Vaccination in the Punjab 1919-1929 - 1919-1929
Year: 1919
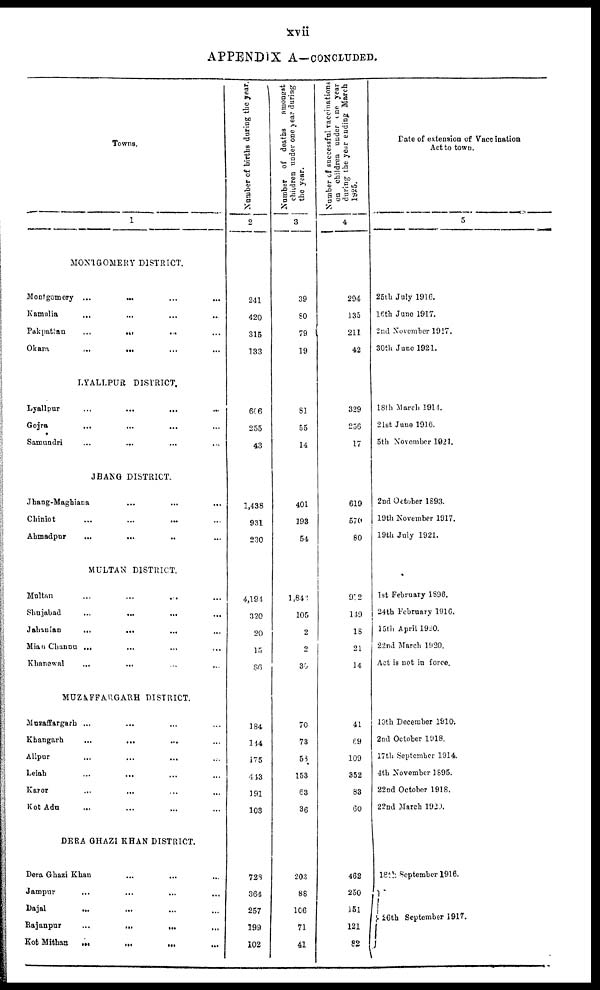
xvii
APPENDIX A—CONCLUDED.
Towns.
1
MONTGOMERY DISTRICT.
Montgomery
...
...
...
...
Kamalia
...
...
...
...
Pakpattan
...
...
...
...
Okara ... ... ... ...
LYALLPUR DISTRICT.
Lyallpur
...
...
...
...
Gojra ... ... ... ...
Samundri ... ... ... ...
JHANG DISTRICT.
Jhang-Maghiana
...
...
...
...
Chiniot
...
...
...
...
Ahmadpur ... ... ... ...
MULTAN DISTRICT.
Multan
...
...
...
...
Shujabad ... ... ... ...
Jahanian ... ... ... ...
Mian Channu ... ... ... ...
Khanewal ... ... ... ...
MUZAFFARGARH DISTRICT.
Muzaffargarh ... ... ... ...
Khangarh ... ... ... ...
Alipur
...
...
...
...
Leiah ... ... ... ...
Karor ... ... ... ...
Kot Adu ... ... ... ...
DERA GHAZI KHAN DISTRICT.
Dera Ghazi Khan ... ... ... ...
Jampur
...
...
...
...
Dajal ... ... ... ...
Rajanpur
...
...
...
...
Kot Mithan
...
...
...
...
Number of births during the year.
2
241
420
315
133
606
255
43
1,438
931
230
4,194
320
20
15
86
184
144
175
443
191
103
728
364
257
199
102
Number of deaths
amongst
children under one year during
the year.
3
39
80
79
19
81
55
14
401
193
54
1,842
105
2
2
30
70
73
58
153
63
36
203
88
106
71
41
Number of successful vaccinations
on children under one year
during the year ending March
1925.
4
294
135
211
42
329
256
17
619
570
80
972
149
18
21
14
41
69
109
352
83
60
462
250
151
121
82
Date of extension of Vaccination
Act to town.
5
25th July 1916.
16th June 1917.
2nd November 1917.
30th June 1921.
18th March 1914.
21st June 1916.
5th November 1921.
2nd October 1893.
19th November 1917.
19th July 1921.
1st February 1896.
24tb February 1916.
15th April 1920.
22nd March 1920.
Act is not in force.
10th December 1910.
2nd October 1918.
17th September 1914.
4th November 1895.
22nd October 1918.
22nd March 1920.
18th September 1916.
26th September 1917.